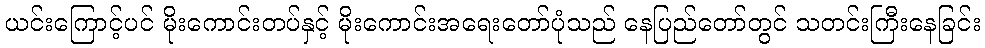
ယင်းကြောင့်ပင် မိုးကောင်းတပ်နှင့် မိုးကောင်းအရေးတော်ပုံသည် နေပြည်တော်တွင် သတင်းကြီးနေခြင်း